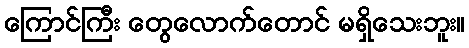
ကြောင်ကြီး တွေလောက်တောင် မရှိသေးဘူး။